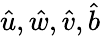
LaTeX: \hat{u},\hat{w},\hat{v},\hat{b}